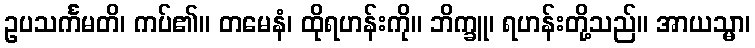
ဥပသင်္ကမတိ၊ ကပ်၏။ တမေနံ၊ ထိုရဟန်းကို။ ဘိက္ခူ၊ ရဟန်းတို့သည်။ အာယသ္မာ၊